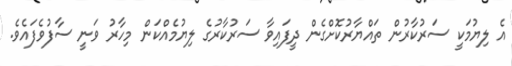
އެ ލިޔުމަކީ ސަރުކާރުން ތައްޔާރުކޮށްގެން ދީފައިވާ ސަރުކާރުގެ ލިޔުމެއްކަން މިހާރު ވަނީ ސާފުވެފައެވެ.